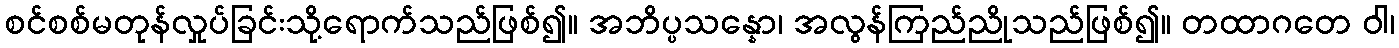
စင်စစ်မတုန်လှုပ်ခြင်းသို့ရောက်သည်ဖြစ်၍။ အဘိပ္ပသန္နော၊ အလွန်ကြည်ညိုသည်ဖြစ်၍။ တထာဂတေ ဝါ၊